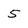
Character: 5